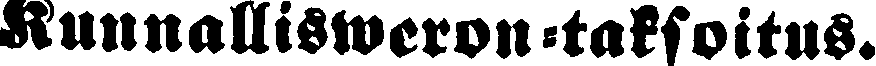
Kunnallisweron-taksoitus.